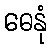
ဓေနုံ